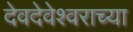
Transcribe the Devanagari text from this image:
देवदेवेश्वराच्या